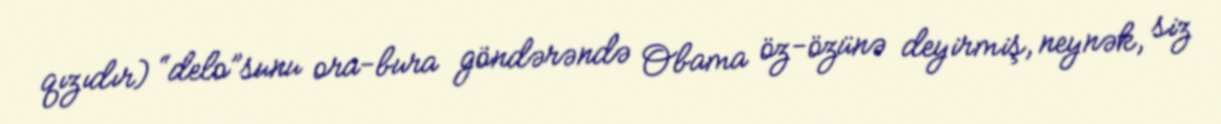
qızıdır) “delo”sunu ora-bura göndərəndə Obama öz-özünə deyirmiş, neynək, siz